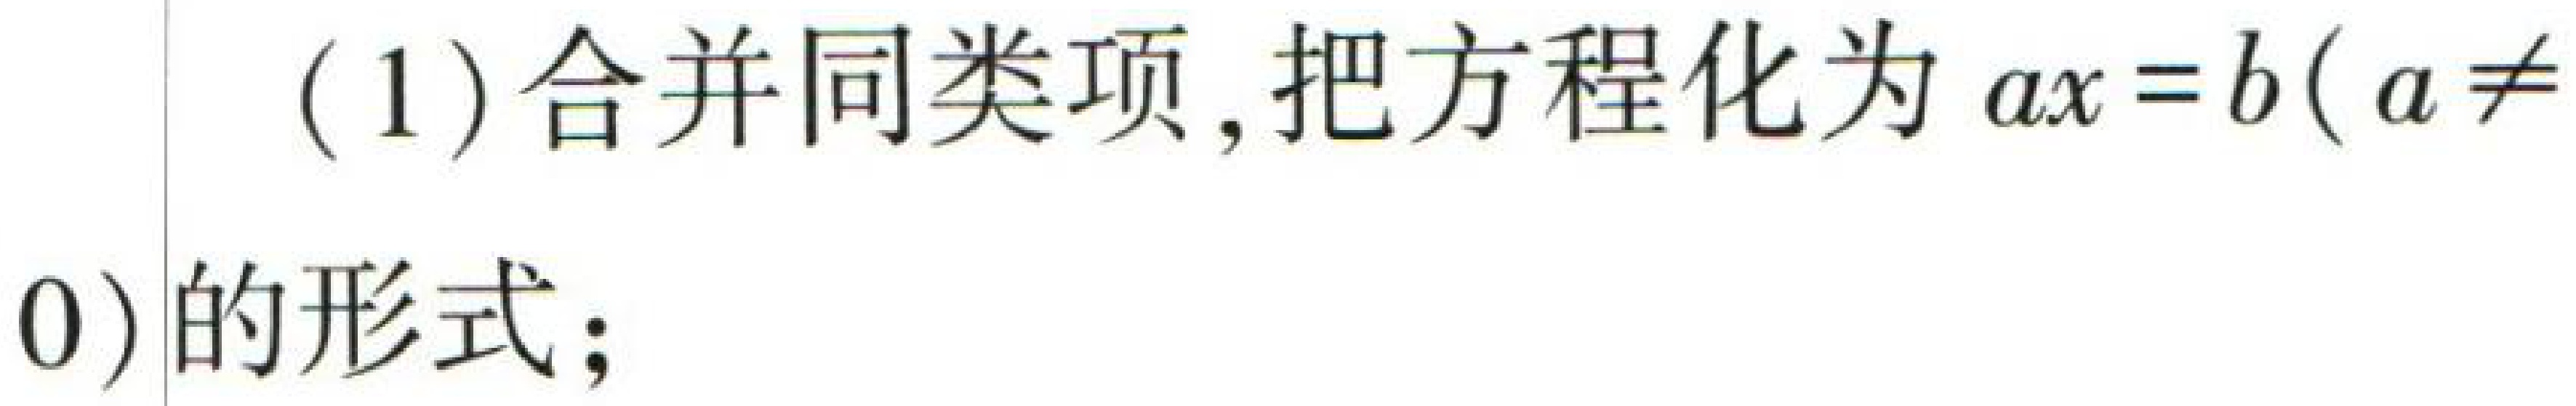
(1) 合并同类项, 把方程化为 \(ax = b(a\neq 0)\) 的形式;